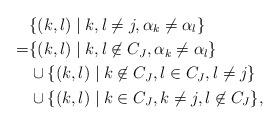
LaTeX: \begin{align*}&\{(k,l) \mid k,l\ne j,\alpha_k\ne\alpha_l\}\\=&\{(k,l) \mid k,l\not\in C_J,\alpha_k\ne\alpha_l\}\\&\cup\{(k,l) \mid k\not\in C_J,l\in C_J,l\ne j\}\\&\cup\{(k,l) \mid k\in C_J,k\ne j,l\not\in C_J\},\end{align*}